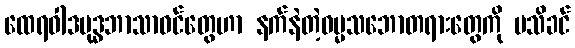
ထေရဝါဒဗုဒ္ဓဘာသာဝင်တွေဟာ နက်နဲတဲ့ဓမ္မသဘောတရားတွေကို မသိခင်